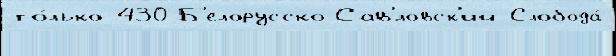
то́лько 430 Б'елорусско-Сав'́ловск'ий Слобода́